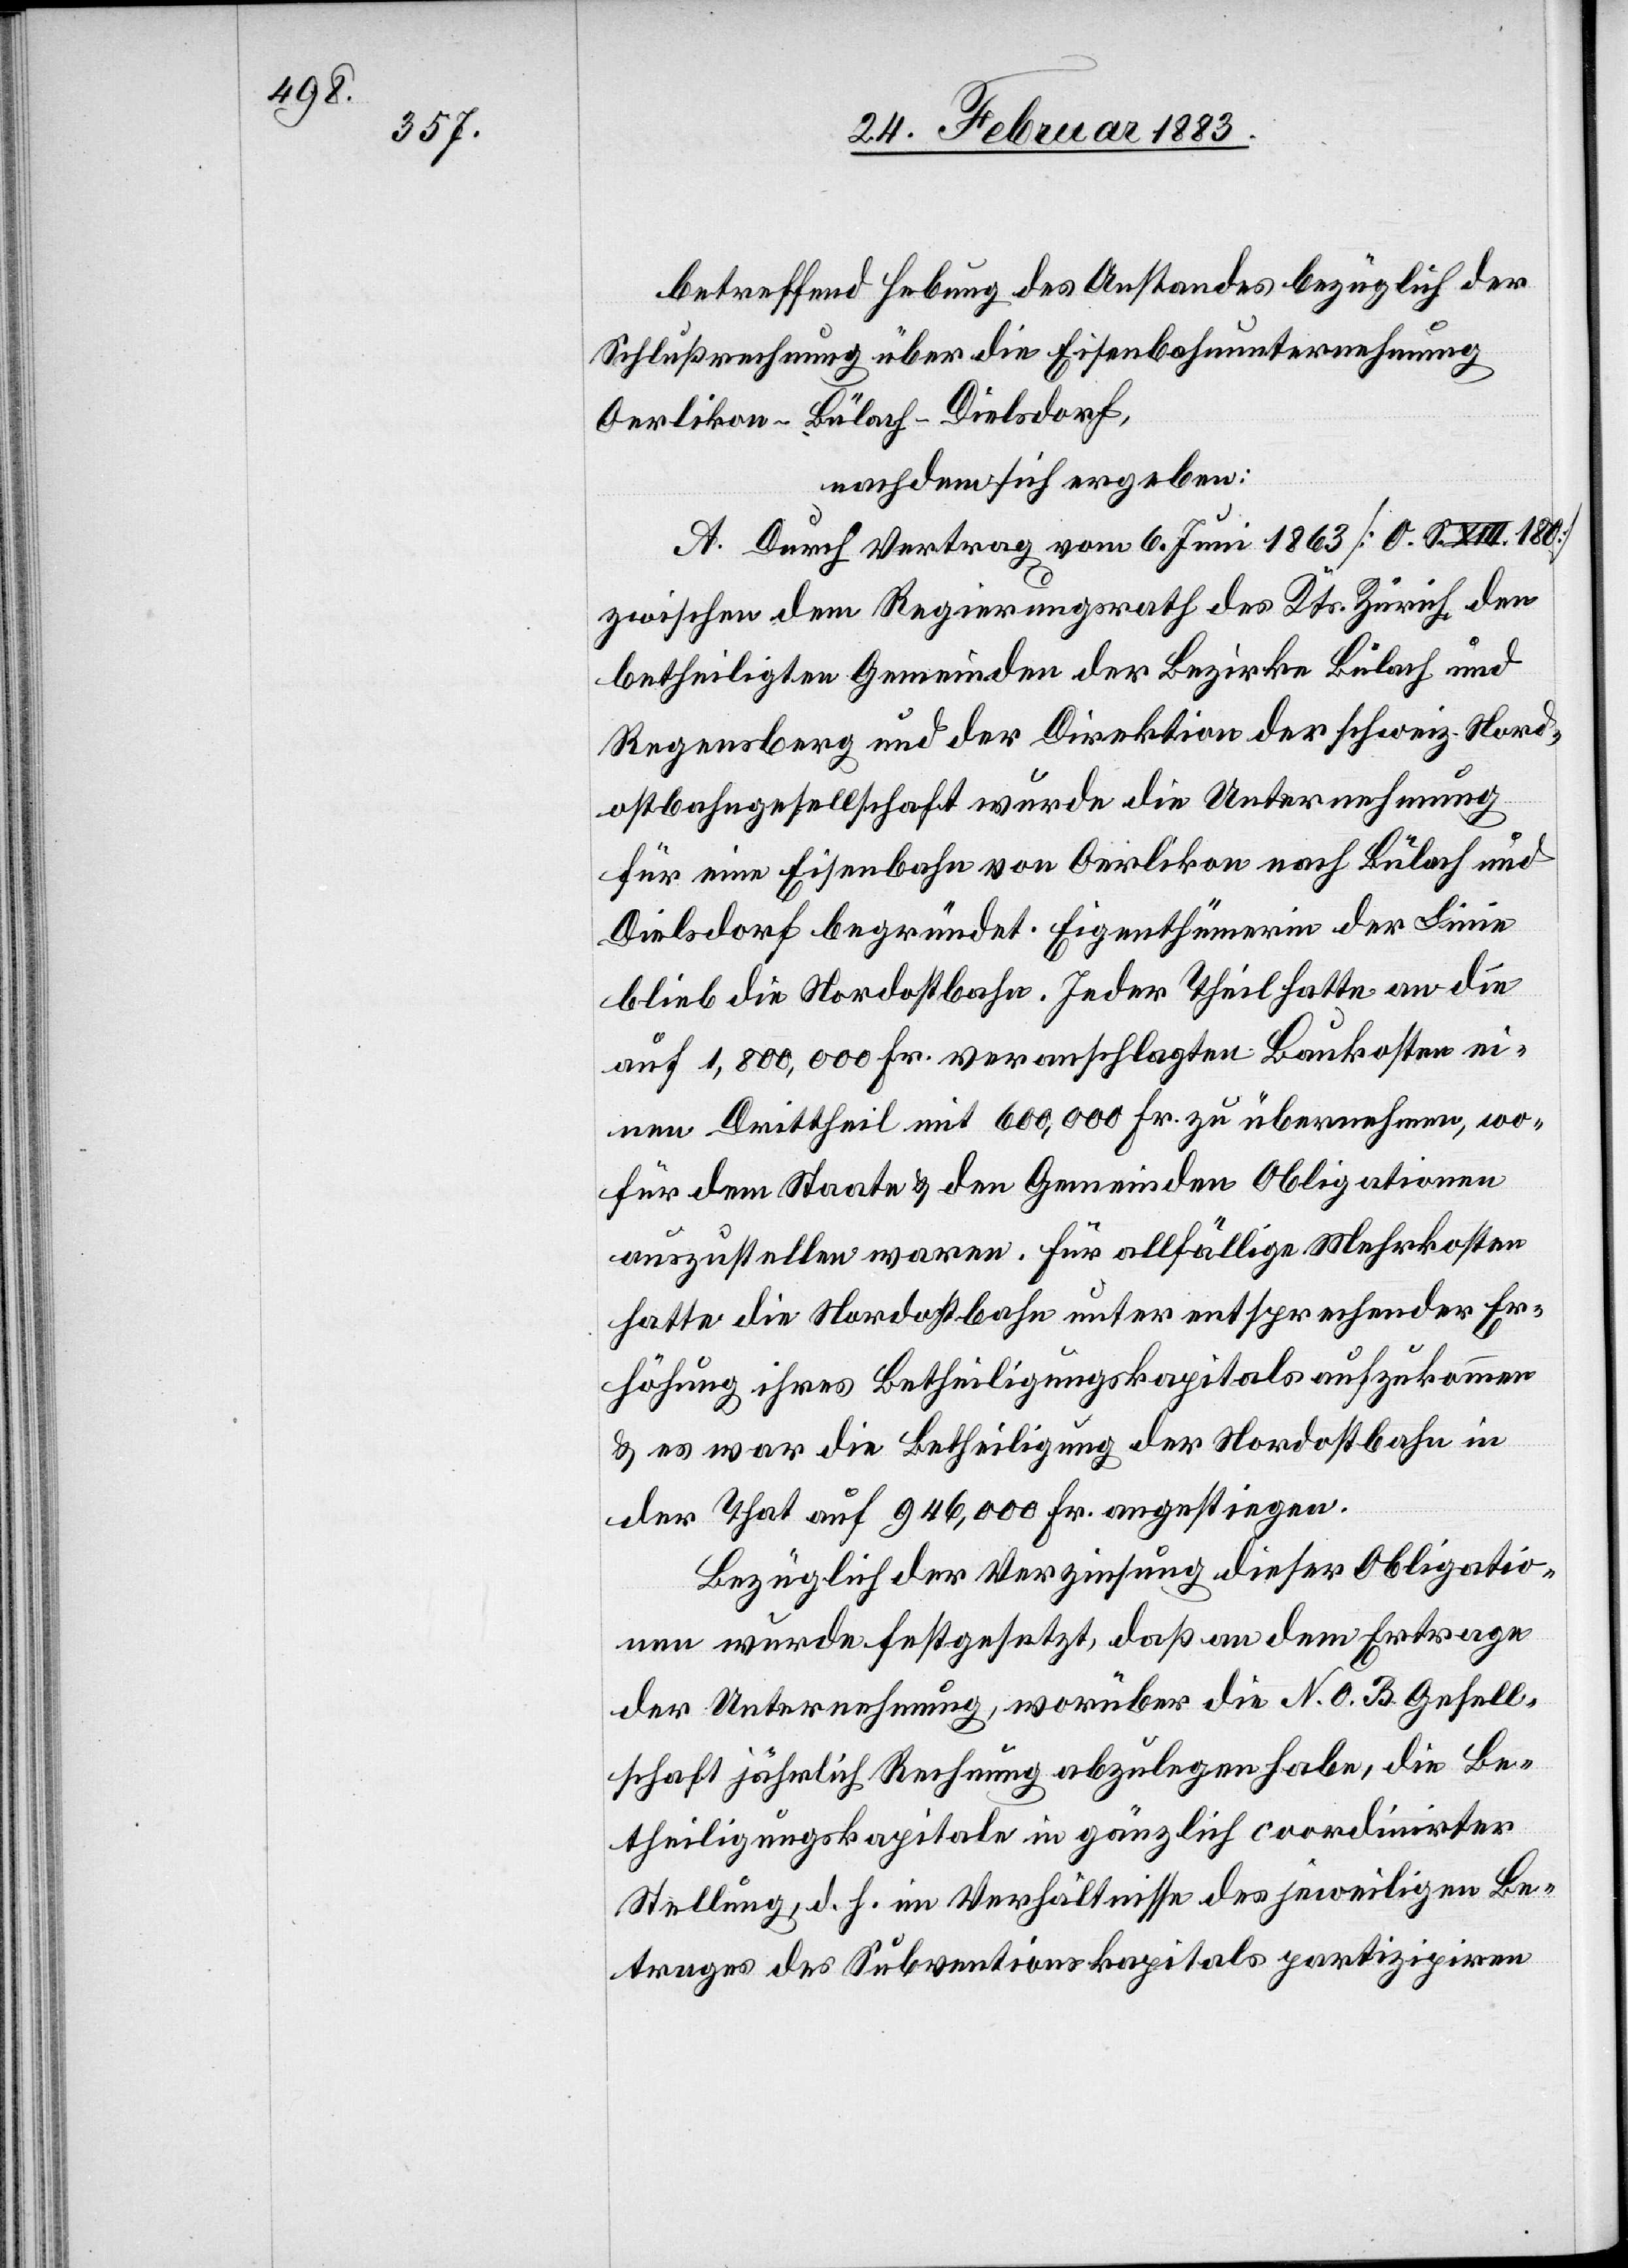
betreffend Hebung des Anstandes bezüglich der
Schlußrechnung über die Eisenbahnunternehmung
Oerlikon–Bülach–Dielsdorf,
nachdem sich ergeben:
A. Durch Vertrag vom 6. Juni 1863 [O. S. XIII. 180]
zwischen dem Regierungsrath des Kantons Zürich, den
betheiligten Gemeinden der Bezirke Bülach und
Regensberg und der Direktion der schweiz. Nord¬
ostbahngesellschaft wurde die Unternehmung
für eine Eisenbahn von Oerlikon nach Bülach und
Dielsdorf begründet. Eigenthümerin der Linie
blieb die Nordostbahn. Jeder Theil hatte an die
auf 1,800,000 Fr. veranschlagten Baukosten ei¬
nen Drittheil mit 600,000 Fr. zu übernehmen, wo¬
für dem Staate & den Gemeinden Obligationen
auszustellen waren. Für allfällige Mehrkosten
hatte die Nordostbahn unter entsprechender Er¬
höhung ihres Betheiligungskapitals aufzukommen
& es war die Betheiligung der Nordostbahn in
der That auf 946,000 Fr. angestiegen.
Bezüglich der Verzinsung dieser Obligatio¬
nen wurde festgesetzt, daß an dem Ertrage
der Unternehmung, worüber die N. O. B. Gesell¬
schaft jährlich Rechnung abzulegen habe, die Be¬
theiligungskapitale in gänzlich coordinirter
Stellung, d. h. im Verhältnisse des jeweiligen Be¬
trages des Subventionskapitals partizipiren